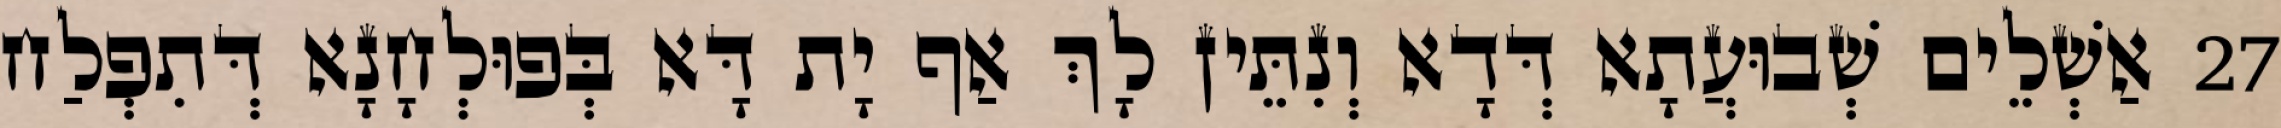
27 אַשְׁלֵים שְׁבוּעֲתָא דְּדָא וְנִתֵּין לָךְ אַף יָת דָּא בְּפוּלְחָנָא דְּתִפְלַח